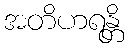
အတိဟရန္တိ